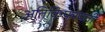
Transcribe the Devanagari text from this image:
अतिकिफायती